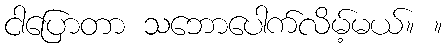
ငါပြောတာ သဘောပေါက်လိမ့်မယ်။ ။